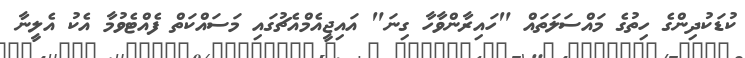
ކުޑަކުދިންގެ ހިތުގެ މައްސަލަތައް "ހައިރާންވާހާ ގިނަ" އައިޖީއެމްއެޗުގައި މަސައްކަތް ފެއްޓެވުމާ އެކު އެލީނާ